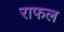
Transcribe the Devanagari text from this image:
राफल